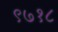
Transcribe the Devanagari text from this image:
९७१८